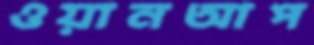
ওয়ানআপ